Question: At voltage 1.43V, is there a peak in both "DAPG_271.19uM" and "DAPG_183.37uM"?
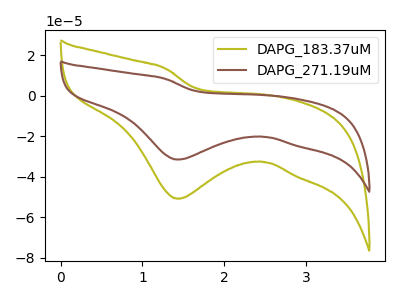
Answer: <think>The olive curve "DAPG_183.37uM" has a cathodic peak at: (1.45V, -50.90uA). The brown curve "DAPG_271.19uM" has a cathodic peak at: (1.45V, -31.55uA).</think>
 <answer>Yes, "DAPG_271.19uM" and "DAPG_183.37uM" share a peak at 1.43V.</answer>
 <eval>match</eval>